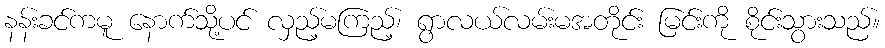
နန်းခင်ကမူ နောက်သို့ပင် လှည့်မကြည့်၊ ရွာလယ်လမ်းမအတိုင်း မြင်းကို စိုင်းသွားသည်။